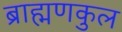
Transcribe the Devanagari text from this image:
ब्राह्मणकुल